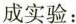
成实验：